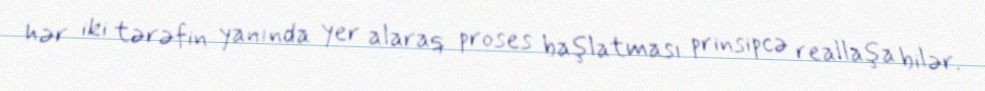
hər iki tərəfin yanında yer alaraq proses başlatması prinsipcə reallaşa bilər.